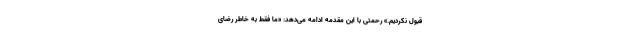
قبول نکردیم.» رحمتی با این مقدمه ادامه می‌دهد: «ما فقط به خاطر رضای